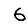
Digit: 6